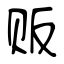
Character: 贩